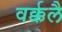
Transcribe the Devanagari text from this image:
वर्क्कलै